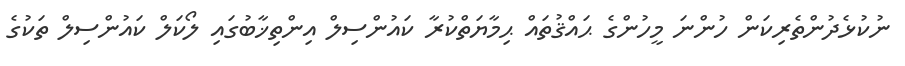
ނުކުޅެދުންތެރިކަން ހުންނަ މީހުންގެ ޙައްޤުތައް ޙިމާޔަތްކުރާ ކައުންސިލް އިންތިޚާބުގައި ލޯކަލް ކައުންސިލް ތަކުގެ